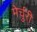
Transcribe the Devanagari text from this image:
मेर्चुरी